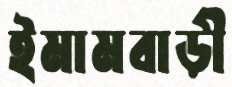
ইমামবাড়ী